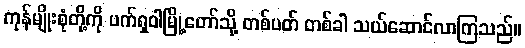
ကုန်မျိုးစုံတို့ကို ပက်ရှဝါမြို့တော်သို့ တစ်ပတ် တစ်ခါ သယ်ဆောင်လာကြသည်။